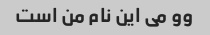
وو می این نام من است